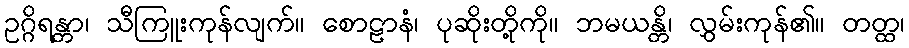
ဥဂ္ဂိရန္တာ၊ သီကြူးကုန်လျက်။ စောဠာနံ၊ ပုဆိုးတို့ကို။ ဘမယန္တိ၊ လွှမ်းကုန်၏။ တတ္ထ၊